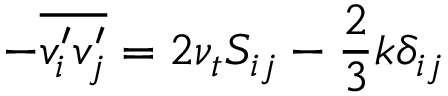
- { \overline { { v _ { i } ^ { \prime } v _ { j } ^ { \prime } } } } = 2 \nu _ { t } S _ { i j } - { \frac { 2 } { 3 } } k \delta _ { i j }